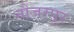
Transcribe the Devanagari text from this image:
नौजरपुर